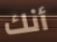
أنك